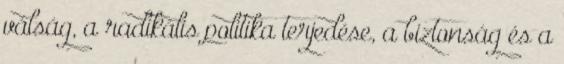
válság, a radikális politika terjedése, a biztonság és a